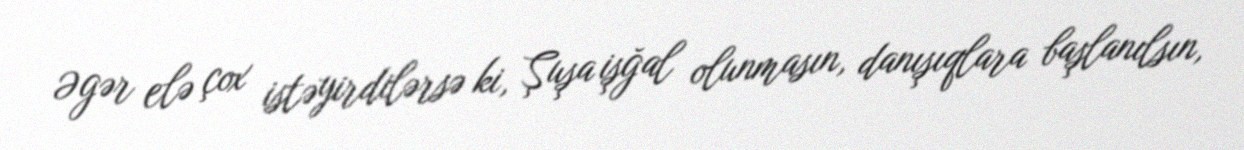
Əgər elə çox istəyirdilərsə ki, Şuşa işğal olunmasın, danışıqlara başlanılsın,